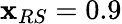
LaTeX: \mathbf{x}_{RS}=0.9